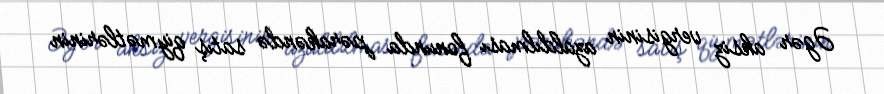
Əgər aksiz vergisinin azaldılması fonunda pərakəndə satış qiymətlərinin